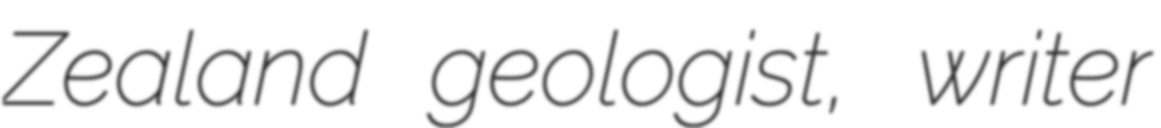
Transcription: Zealand geologist, writer